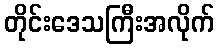
တိုင်းဒေသကြီးအလိုက်